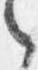
之